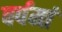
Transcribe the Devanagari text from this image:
वर्षमां